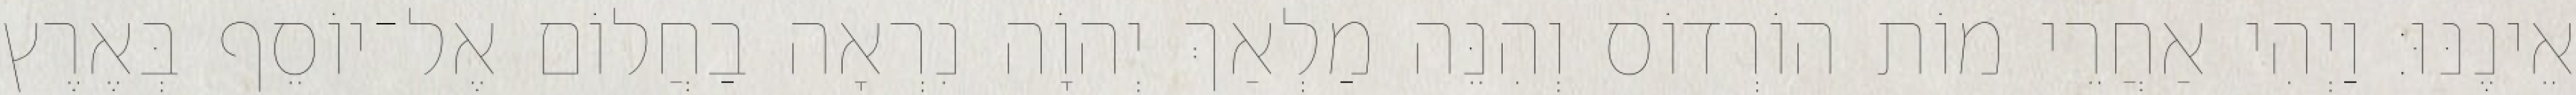
אֵינֶנּוּ׃ וַיְהִי אַחֲרֵי מוֹת הוֹרְדוֹס וְהִנֵּה מַלְאַךְ יְהוָֹה נִרְאָה בַחֲלוֹם אֶל־יוֹסֵף בְּאֶרֶץ